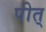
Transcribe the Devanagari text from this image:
पीत्